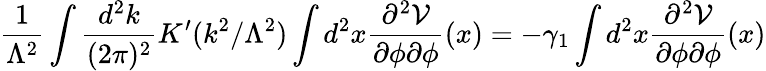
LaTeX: \frac{1}{\Lambda^{2}}\int\frac{d^{2}k}{(2\pi)^{2}}K^{\prime}(k^{2}/\Lambda^{2})\int d^{2}x\frac{\partial^{2}{\cal V}}{\partial\phi\partial\phi}(x)=-\gamma_{1}\int d^{2}x\frac{\partial^{2}{\cal V}}{\partial\phi\partial\phi}(x)